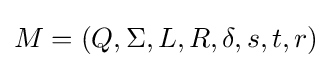
M=(Q,\Sigma ,L,R,\delta ,s,t,r)